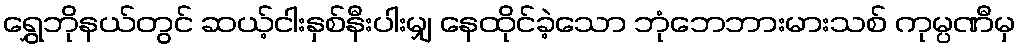
ရွှေဘိုနယ်တွင် ဆယ့်ငါးနှစ်နီးပါးမျှ နေထိုင်ခဲ့သော ဘုံဘေဘားမားသစ် ကုမ္ပဏီမှ